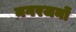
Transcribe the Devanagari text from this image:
नगरजनों